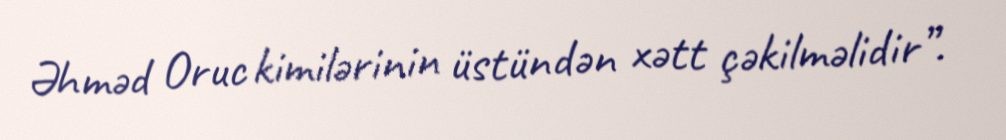
Əhməd Oruc kimilərinin üstündən xətt çəkilməlidir”.